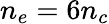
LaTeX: n_{e}=6n_{c}